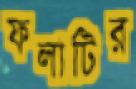
ফলাটির